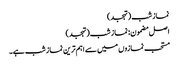
نماز شب (تہجد)
اصل مضمون: نماز شب (تہجد)
مستحب نمازوں میں سے اہم ترین نماز شب ہے۔